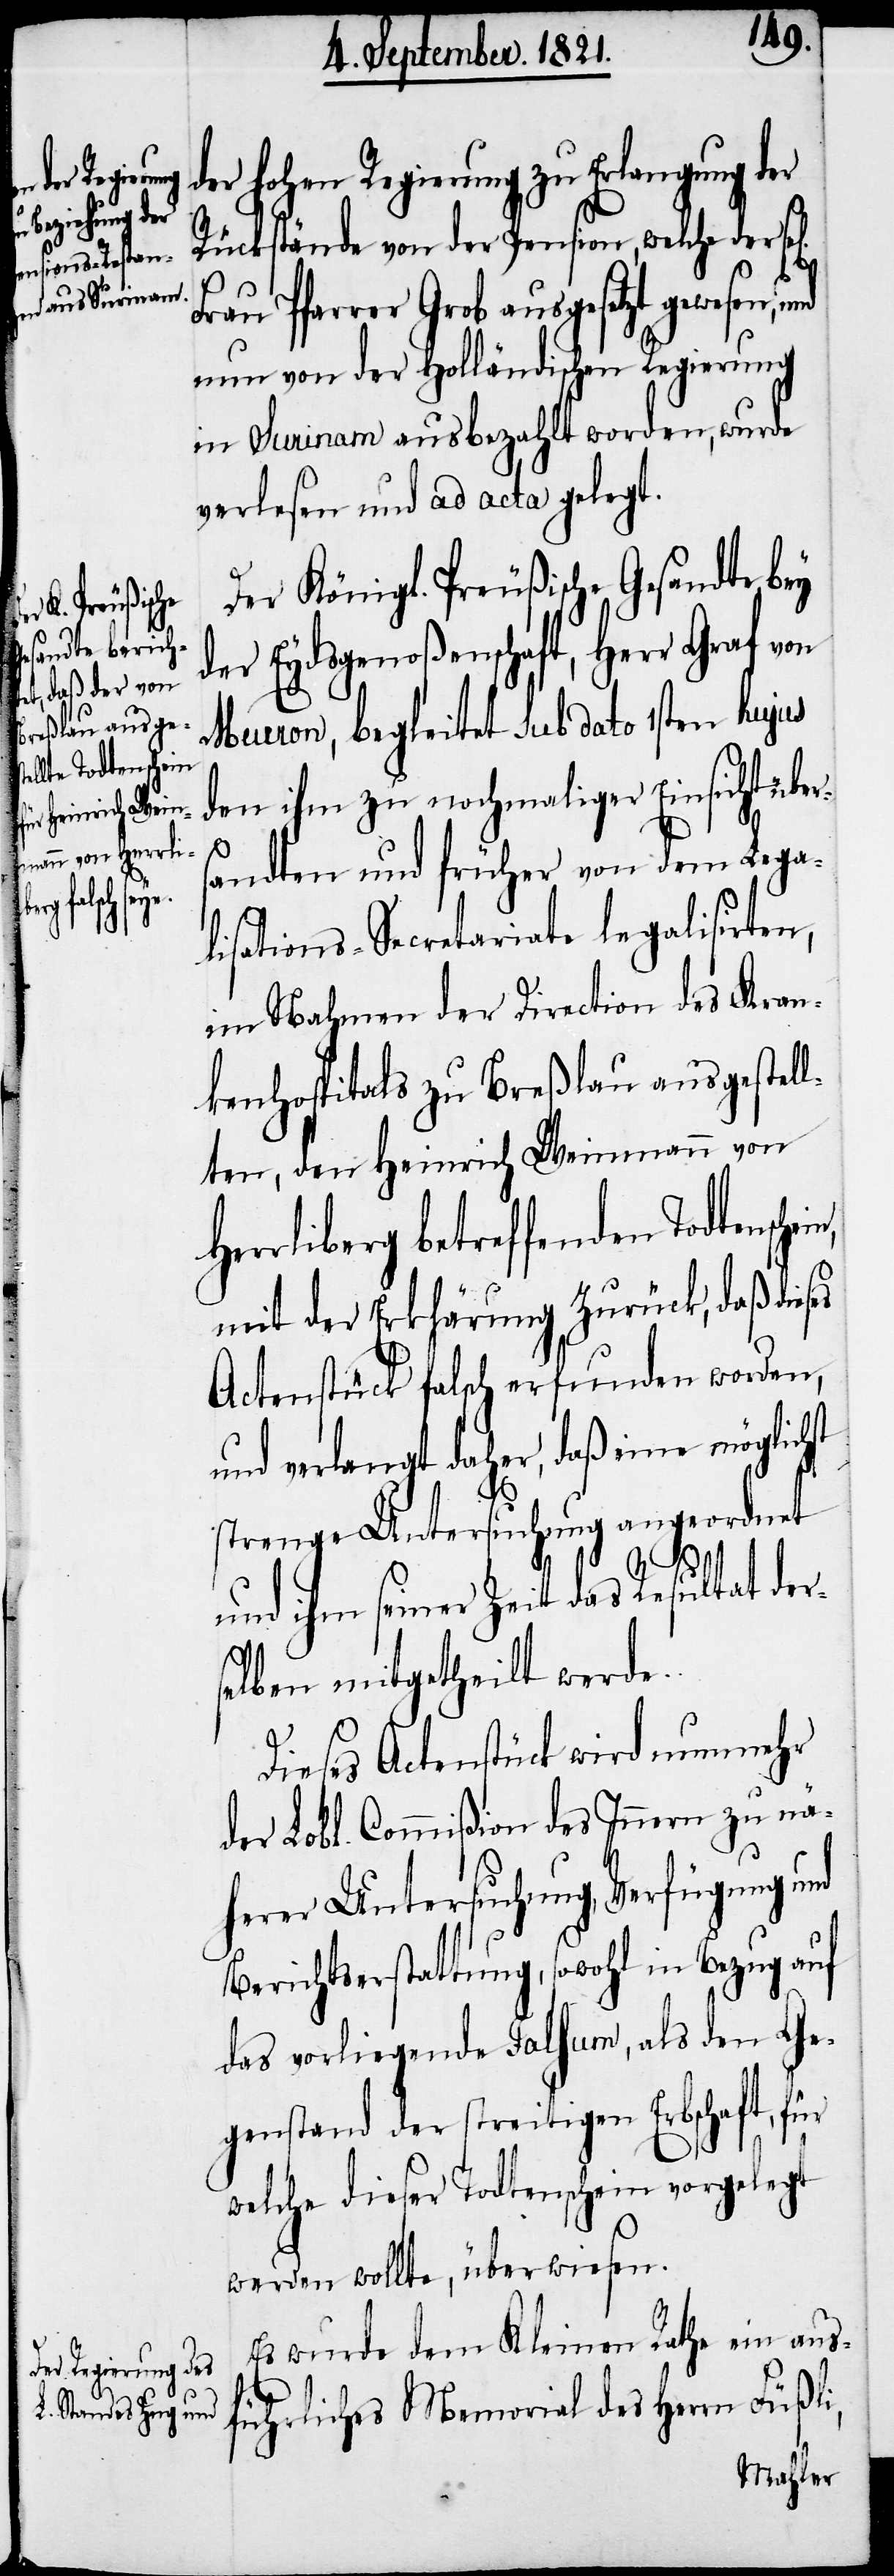
l[igen]

der hohen Regierung zu Erlangung der
Rückstände von der Pension, welche der se¬
Frau Pfarrer Grob ausgesetzt gewesen,
nun von der Holländischen Regierung
in Surinam ausbezahlt worden, wurde
verlesen und ad acta gelegt.
Der Königl. Preußische Gesandte bey
der Eydsgenoßenschaft, Herr Graf von
Meuron, begleitet sub dato 1sten hujus
den ihm zu nochmaliger Einsicht über¬
ses
andten und früher von dem Lega¬
lisations-Secretariate legalisirten,
im Nahmen der Direction des Kran¬
kenhospitals zu Breßlau ausgestel¬
lten, den Heinrich Weinmann von
Herrliberg betreffenden Todtensch¬
mit der Erklärung zurück, daß die¬
Actenstück falsch erfunden worden,
und verlangt daher, daß eine möglichst
strenge Untersuchung angeordnet
Dieses Actenstück wird nunmehr
der Lbl. Commißion des Innern zu nä¬
herer Untersuchung, Verfügung und
Berichtserstattung, sowohl in Bezug auf
das vorliegende Falsum, als den Ge¬
genstand der streitigen Erbschaft, für
welche dieser Todtenschein vorgelegt
werden wollte, überwiesen.
Es wurde dem Kleinen Rathe ein aus¬
führliches Memorial des Herrn Füßli,